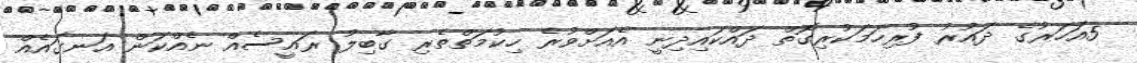
5އަހަރުގެ ދައުރު ފުރިހަމަކުރިގޮތް ދައްކައިދިނީ އެއަށްވުރެ ހިކުމަތްތެރި ގާބިލު ރައީސެއް ނެއްކަން އަނގައެއް